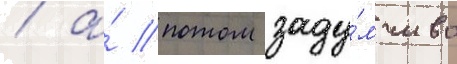
/ а́ потом заду́мчиво